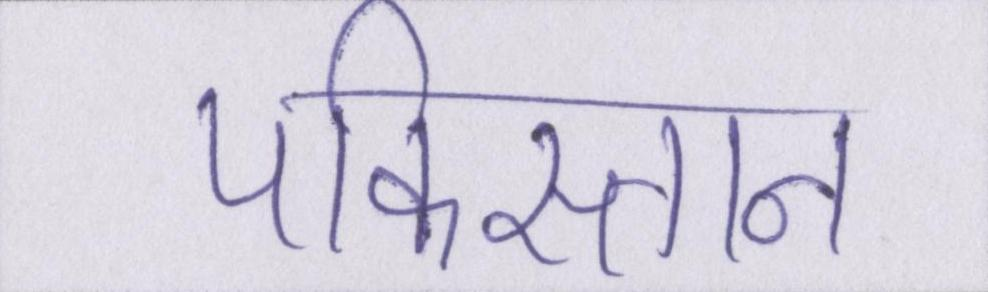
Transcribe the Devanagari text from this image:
पकिस्तान